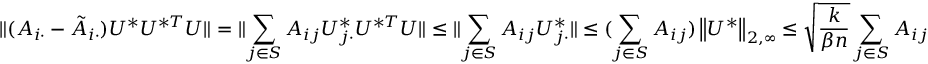
\| { ( A _ { i \cdot } - \tilde { A } _ { i \cdot } ) U ^ { * } U ^ { * T } U } \| = \| { \sum _ { j \in S } A _ { i j } U _ { j \cdot } ^ { * } U ^ { * T } U } \| \leq \| { \sum _ { j \in S } A _ { i j } U _ { j \cdot } ^ { * } } \| \leq ( \sum _ { j \in S } A _ { i j } ) \left\| { U ^ { * } } \right\| _ { 2 , \infty } \leq \sqrt { \frac { k } { \beta n } } \sum _ { j \in S } A _ { i j }